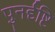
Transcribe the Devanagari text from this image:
पुनर्दृष्टि